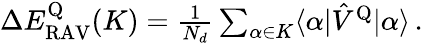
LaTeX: \begin{array}{r}{\Delta E_{\mathrm{RAV}}^{\mathrm{Q}}(K)=\frac{1}{N_{d}}\sum_{\alpha\in K}\langle\alpha|\hat{V}^{\mathrm{Q}}|\alpha\rangle\, .}\end{array}